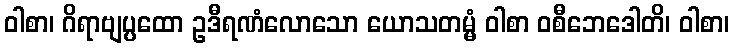
ဝါစာ၊ ဂိရာဗျပ္ပထော ဥဒီရဏံလောသော ယောသတမ္မံ ဝါစာ ဝစီဘေဒေါတိ၊ ဝါစာ၊